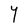
Character: Y